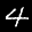
Label: 4